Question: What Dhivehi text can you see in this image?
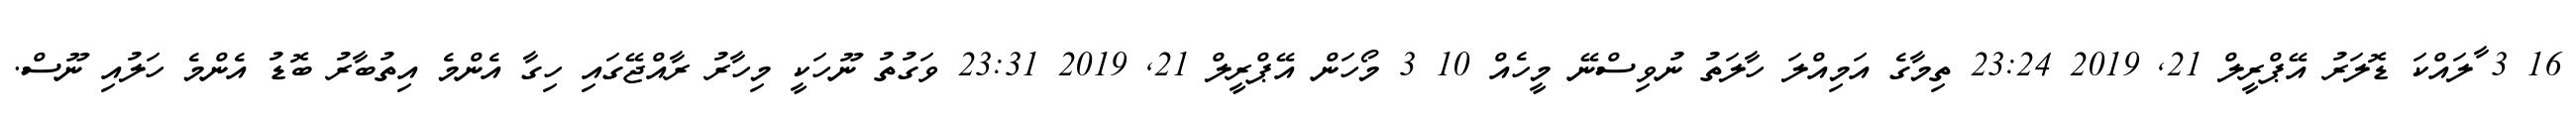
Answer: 16 3 ާލައްކަ ޑޮލަރު އޭޕްރީލް 21, 2019 23:24 ތިމާގެ އަމިއްލަ ހާލަތު ނުވިސްނޭ މީހެއް 10 3 މޯހަން އޭޕްރީލް 21, 2019 23:31 ވަގުތު ނޫހަކީ މިހާރު ރާއްޖޭގައި ހިގާ އެންމެ އިތުބާރު ބޮޑު އެންމެ ހަލުއި ނޫސް.